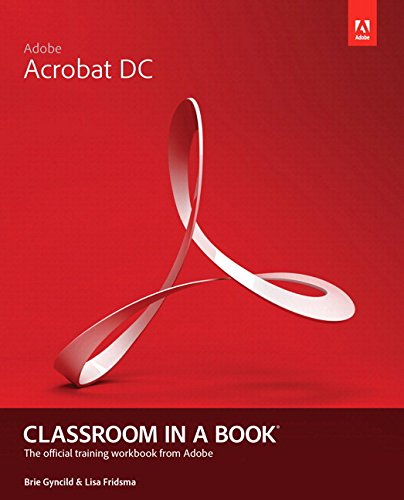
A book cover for Adobe Acrobat DC Classroom in a Book; Lisa Fridsma; Computers & Technology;